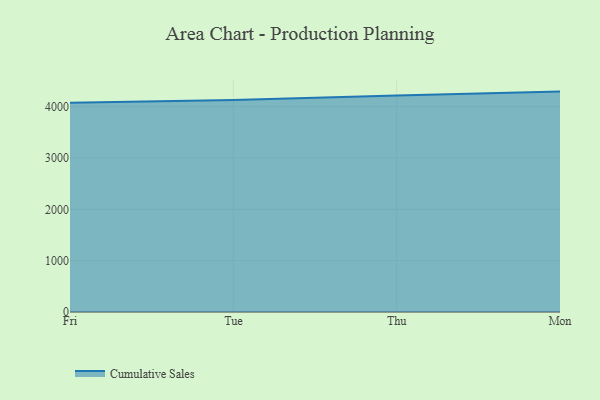
{"axis": {"x": "Day", "y": "Customer Acquisition Cost (USD)"}, "legend": ["Cumulative Sales"], "data": [{"x": "Fri", "y": 4076.2, "type": "Cumulative Sales"}, {"x": "Tue", "y": 4132.2, "type": "Cumulative Sales"}, {"x": "Thu", "y": 4218.8, "type": "Cumulative Sales"}, {"x": "Mon", "y": 4294.5, "type": "Cumulative Sales"}]}